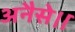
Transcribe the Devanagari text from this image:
अनैसे।।